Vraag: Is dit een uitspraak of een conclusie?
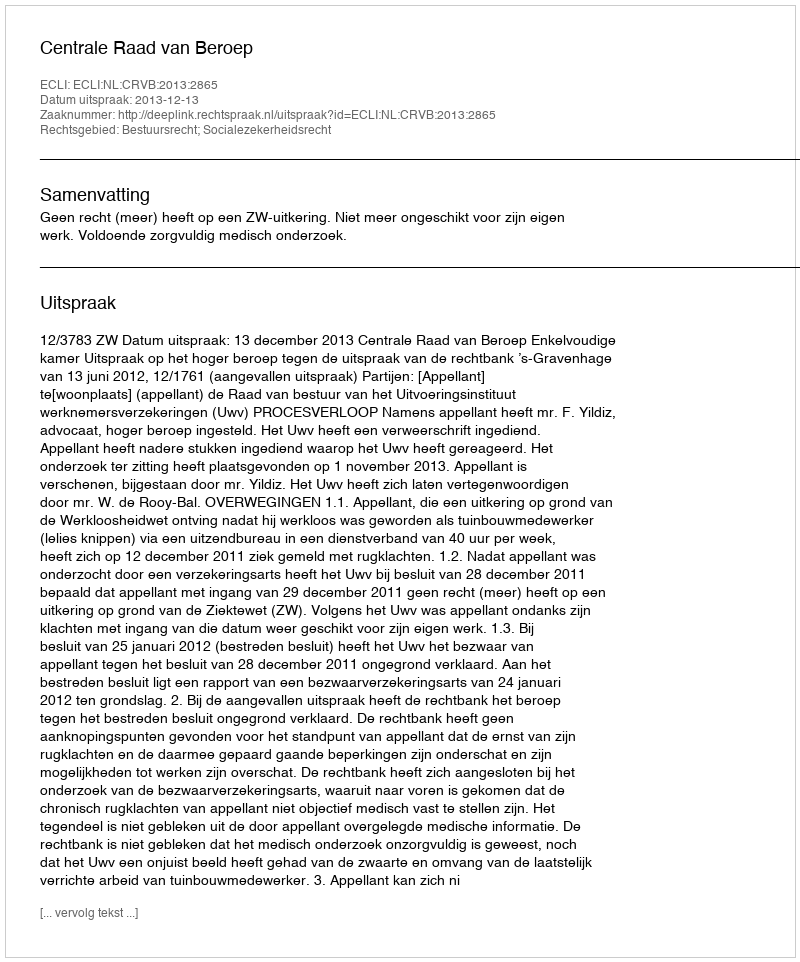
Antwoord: Uitspraak